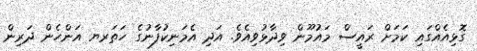
ގޮޅިއެއްގައި ކަމަށް ރައީސް މައުމޫން ވިދާޅުވިއެވެ. އަދި އެމަނިކުފާނުގެ ހަތަރޔ އަންހެން ދަރިން